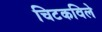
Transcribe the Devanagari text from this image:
चिटकविले